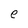
Character: e